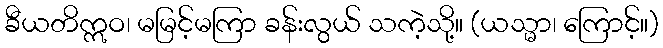
ခီယတိဣဝ၊ မမြင့်မကြာ ခန်းလွယ် သကဲ့သို့။ (ယသ္မာ၊ ကြောင့်။)